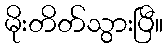
မိုးတိတ်သွားပြီ။